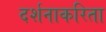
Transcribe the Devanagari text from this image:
दर्शनाकरिता